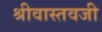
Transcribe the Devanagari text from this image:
श्रीवास्तवजी